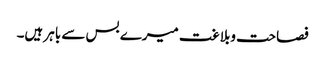
فصاحت وبلاغت میرے بس سے باہر ہیں۔